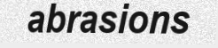
abrasions